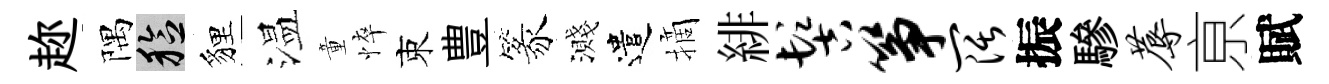
趂隅稔貍温童悴束豊篆濺遣摘緋髻筝阔振驂蓐亰賦